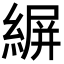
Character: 𦂤